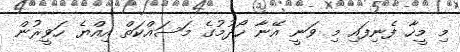
މި މީހާ ފެނިފައި މި ވަނީ އޭނާ ހޯދުމުގެ މަސައްކަތް އިއްޔެ ހަވީރުން